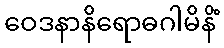
ဝေဒနာနိရောဓဂါမိနိံ